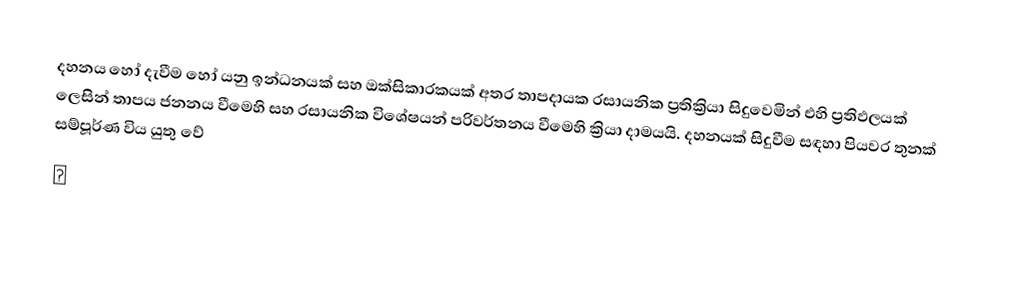
දහනය  හෝ දැවීම හෝ යනු ඉන්ධනයක් සහ ඔක්සිකාරකයක් අතර තාපදායක රසායනික ප්‍රතික්‍රියා සිදුවෙමින් එහි ප්‍රතිඵලයක් ලෙසින්  තාපය ජනනය වීමෙහි සහ රසායනික විශේෂයන් පරිවර්තනය වීමෙහි ක්‍රියා දාමයයි. දහනයක් සිදුවීම සඳහා පියවර තුනක් සම්පූර්ණ විය යුතු වේ
🔥